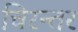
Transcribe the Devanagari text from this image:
चिरन्तर